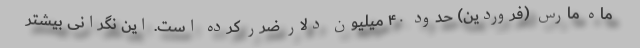
ماه مارس (فروردین) حدود ۴۰ میلیون دلار ضرر کرده است. این نگرانی بیشتر